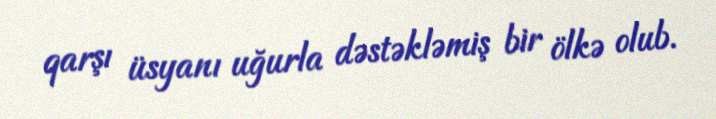
qarşı üsyanı uğurla dəstəkləmiş bir ölkə olub.